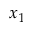
x _ { 1 }